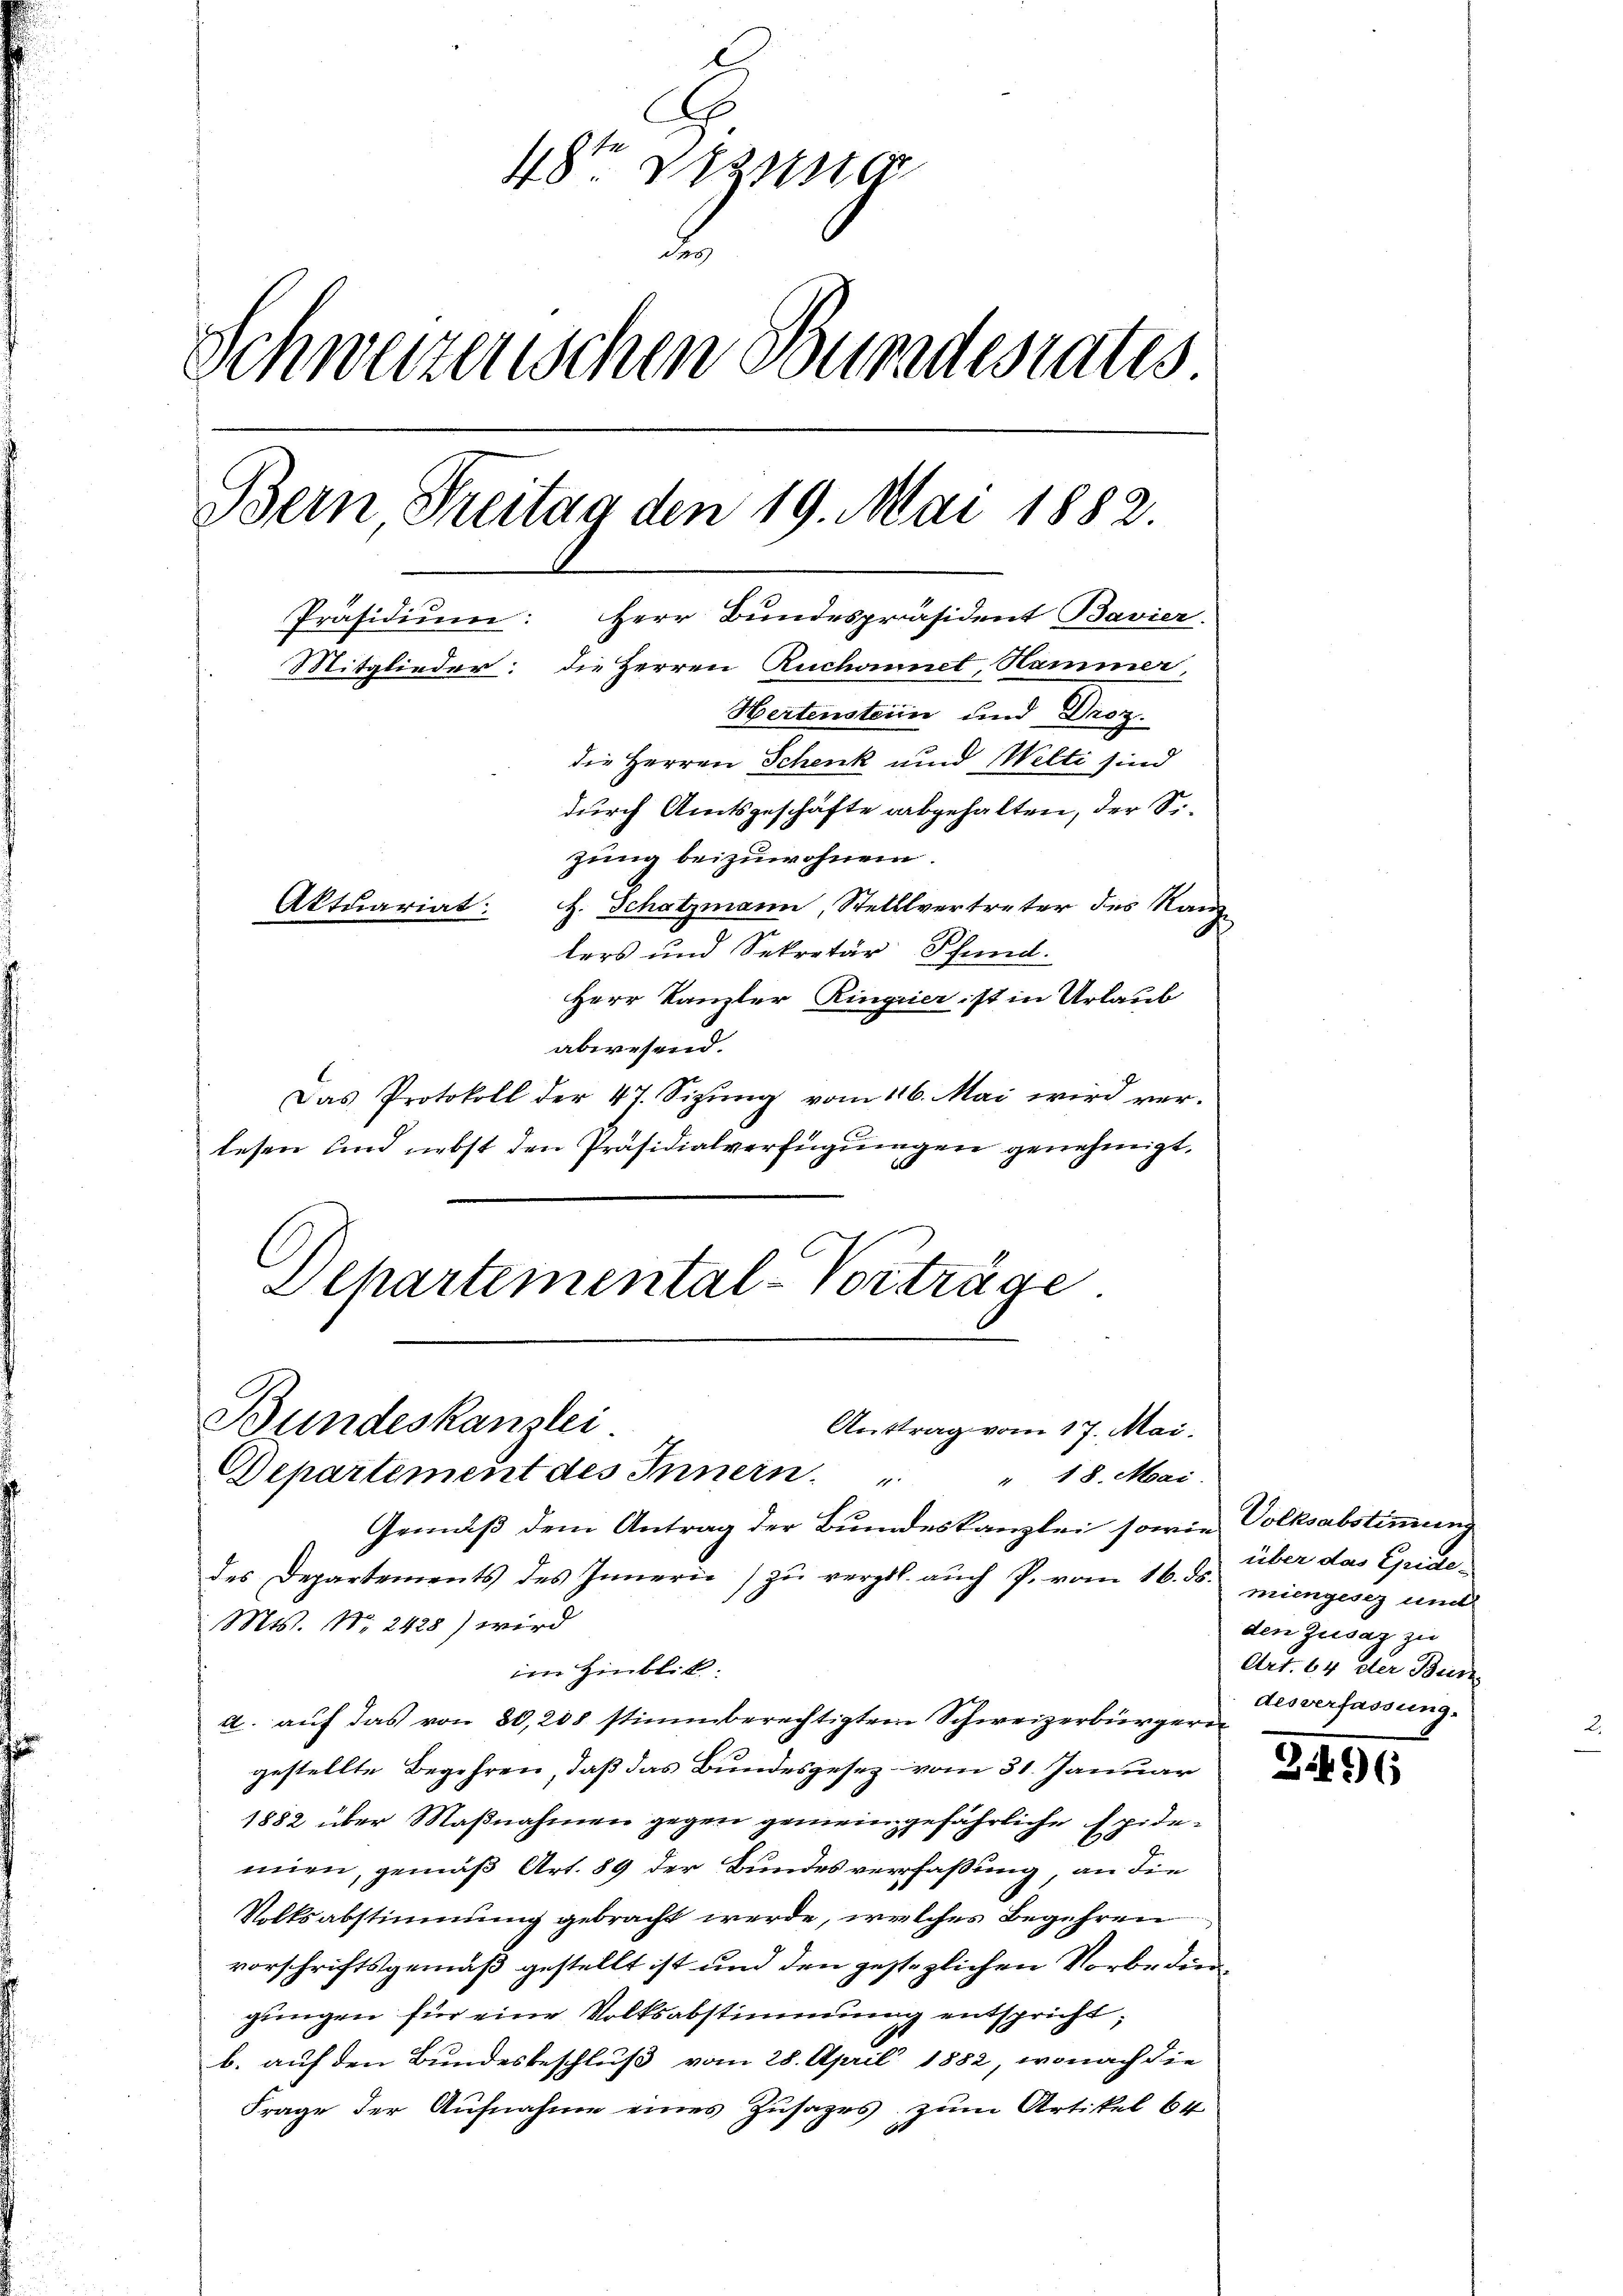
18ten Bezug
e
Schweizerischen Bundesrates
Bern Freitag den 19. Mai 1882.
Präsidium: Herr Bundespräsident Bavier.
Mitglieder: die Herren Ruchannet, Hammer,
Hertenstein und Droz.
die Herren Schenk und Welti sind
durch Amtsgeschäfte abgehalten, der Sizung beizuwohnen.
Aktuariat:
H. Schatzmann, Stelllvertreter des Kanz
lers und Sekretär Pfund
Herr Kanzler Ringier ist in Urlaub

abwesend.
Das Protokoll der 47. Sizung vom 116. Mai wird verlesen und nebst den Präsidialverfügungen genehmigt.
Departemental-Vorträge

Bundeskanzlei
Anttrag vom 17. Mai.
Departement des Innern.
" 18. Mai

Gemäß dem Antrag der Bundeskanzlei sowie Volksabstimmung
des Departements des Innern zu vergl. auch P. vom 16. ds. miengesez und
Mts. No. 2428) wird
im Hinblick.
a. auf das von 80,208 stimmberechtigten Schweizerbürgern
gestellte Begehren, daß das Bundesgesez vom 31. Januar
1882 über Maßnahmen gegen gemeingefährliche Epidemien, gemäß Art. 89 der Bundesverfaßung, an die
Volksabstimmung gebracht werde, welches Begehren
vorschriftsgemäß gestellt ist und den gestezlichen Vorbedin
gungen für eine Volksabstimmung entspricht
b. auf den Bundesbeschluß vom 28. April 1882, wonach die
Frage der Aufnahme eines Zusages zum Artikel 64

über das Eide-
den Zusatz zu
Art. 64 der Bun
desverfassung.

2495